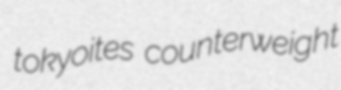
tokyoites counterweight